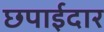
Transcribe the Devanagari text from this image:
छपाईदार